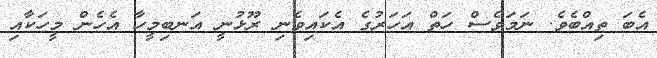
އެބަ ތިއްބެވެ. ނަމަވެސް ހަތް އަހަރުގެ އެކައިވެނި ރޫޅުނީ އަނބިމީހާ އެހެން މީހަކާއި